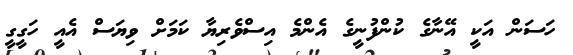
ހަސަން އަކީ އޭނާގެ ކުންފުނީގެ އެންމެ އިސްވެރިޔާ ކަމަށް ވިޔަސް އެއީ ހަގީގީ